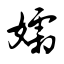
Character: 孀